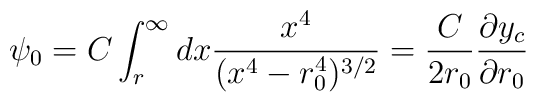
\psi_0=C\int^{\infty}_r dx\frac{x^4}{(x^4-r_0^4)^{3/2}}=\frac{C}{2r_0}\frac{\partial y_c}{\partial r_0}